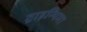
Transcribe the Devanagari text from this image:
ट्राइन्थिमा